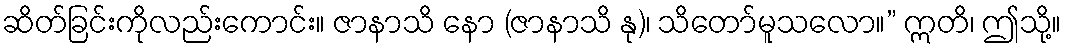
ဆိတ်ခြင်းကိုလည်းကောင်း။ ဇာနာသိ နော (ဇာနာသိ နု)၊ သိတော်မူသလော။” ဣတိ၊ ဤသို့။